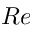
R e